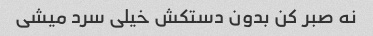
نه صبر کن بدون دستکش خیلی سرد میشی